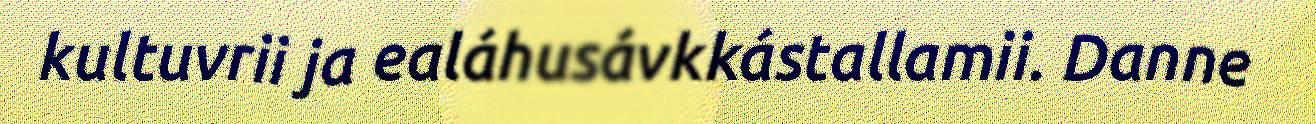
kultuvrii ja ealáhusávkkástallamii. Danne